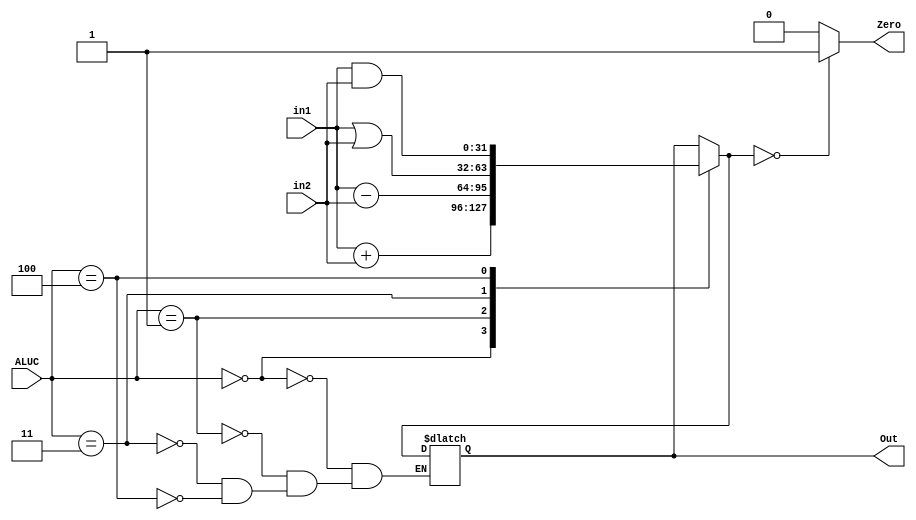
`timescale 1ns / 1ps
//////////////////////////////////////////////////////////////////////////////////
// Company: SYSU
// 
// Design Name: 
// Module Name:    ALU 
// Project Name: 
// Target Devices: 
// Tool versions: 
// Description: 
//
// Dependencies: 
//
// Revision: 
// Revision 0.01 - File Created
// Additional Comments: 
//
//////////////////////////////////////////////////////////////////////////////////
module ALU(
	in1,
	in2,
	ALUC,
	Out,
	Zero
    );
	 
	 /*
		
			ALUC
			in1
			in2
		
			Out
			Zero0
	 */
	 
	 input [31:0] in1;
	 input [31:0] in2;
	 input [2:0] ALUC;
	 output reg [31:0] Out;
	 output reg Zero;
	 
	 initial begin
		Zero = 0;
	 end
	 
	 always@( in1 or in2 or ALUC ) begin
		case( ALUC )
			3'b000: begin
				Out = in1 + in2;
				//$display( "add" );
			end
			3'b001: begin
				Out = in1 - in2;
				//$display("sub");
			end
			3'b011: begin
				Out = in1 | in2;
				//$display("or");
			end
			3'b100: begin
				Out = in1 & in2;
				//$display("and");
			end
         /* 101,110,111*/
		endcase
		
		if( Out == 0 )
			Zero = 1;
		else
			Zero = 0;
		
		/*
		$display( "alu_in1 %d", in1 );
		$display( "alu_in2 %d", in2 );
		$display( "alu_out %d", Out );
		$display( "Zero %d", Zero );
		*/
		
		if( Out == 0 )
			Zero = 1;
		else
			Zero = 0;
	end
	
	
endmodule